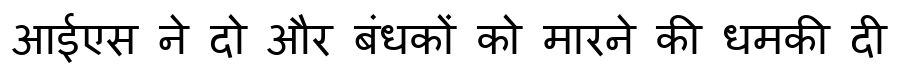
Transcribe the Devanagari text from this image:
आईएस ने दो और बंधकों को मारने की धमकी दी